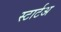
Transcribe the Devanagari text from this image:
स्टार्टअ